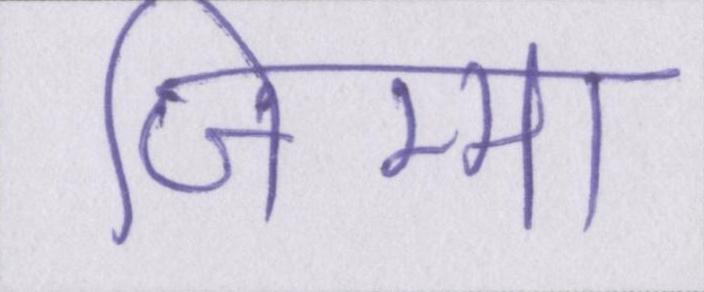
जिम्मा